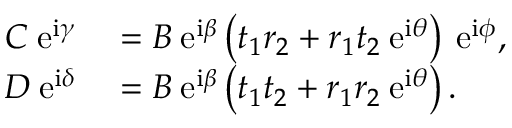
\begin{array} { r l } { C \: \mathrm { e } ^ { \mathrm { i } \gamma } } & { { } = B \: \mathrm { e } ^ { \mathrm { i } \beta } \left( t _ { 1 } r _ { 2 } + r _ { 1 } t _ { 2 } \: \mathrm { e } ^ { \mathrm { i } \theta } \right) \: \mathrm { e } ^ { \mathrm { i } \phi } , } \\ { D \: \mathrm { e } ^ { \mathrm { i } \delta } } & { { } = B \: \mathrm { e } ^ { \mathrm { i } \beta } \left( t _ { 1 } t _ { 2 } + r _ { 1 } r _ { 2 } \: \mathrm { e } ^ { \mathrm { i } \theta } \right) . } \end{array}